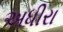
અધીરા